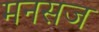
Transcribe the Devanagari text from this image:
मनसज